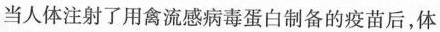
当人体注射了用禽流感病毒蛋白制备的疫苗后，体